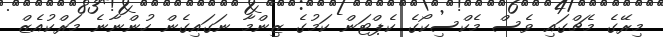
މިރޭގެ މެޗްގައި ވެސް މެކްސިކޯގެ ކެޕްޓަން ކަމުގެ ޒިންމާ ނަގައިގެން ހުންނާނެ މަރްކުއެޒް